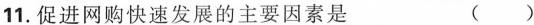
11.促进网购快速发展的主要因素是 ( )